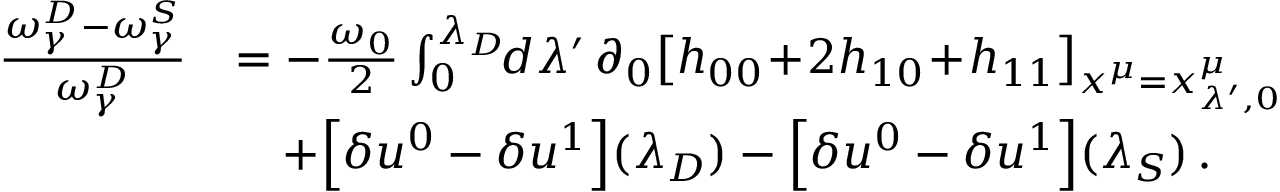
\begin{array} { r l } { \frac { \omega _ { \gamma } ^ { D } - \omega _ { \gamma } ^ { S } } { \omega _ { \gamma } ^ { D } } } & { = - \frac { \omega _ { 0 } } { 2 } \int _ { 0 } ^ { \lambda _ { D } } \! \! d \lambda ^ { \prime } \, \partial _ { 0 } \big [ h _ { 0 0 } \! + \! 2 h _ { 1 0 } \! + \! h _ { 1 1 } \big ] _ { x ^ { \mu } = x _ { \lambda ^ { \prime } , 0 } ^ { \mu } } } \\ & { \quad + \Big [ \delta u ^ { 0 } - \delta u ^ { 1 } \Big ] ( \lambda _ { D } ) - \Big [ \delta u ^ { 0 } - \delta u ^ { 1 } \Big ] ( \lambda _ { S } ) \, . } \end{array}